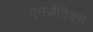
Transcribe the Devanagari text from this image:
एनर्जेटिक्स